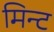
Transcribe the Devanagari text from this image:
मिन्‍ट